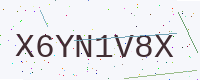
Text: X6YN1V8X